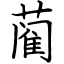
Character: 蔺